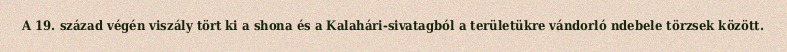
A 19. század végén viszály tört ki a shona és a Kalahári-sivatagból a területükre vándorló ndebele törzsek között.